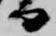
日